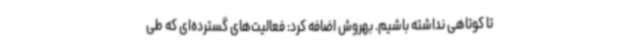
تا کوتاهی نداشته باشیم. بهروش اضافه کرد: فعالیت‌های گسترده‌ای که طی